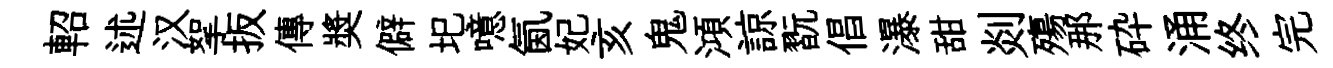
軺述汉挐扳傳奬僻圯噫氤妃亥鬼澒諒翫倡瀑甜剡殤那砕涌终完